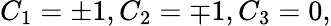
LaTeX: C_{1}=\pm 1,C_{2}=\mp 1,C_{3}=0,